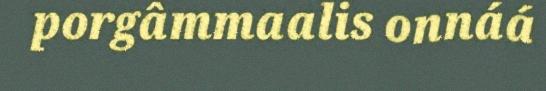
porgâmmaalis onnáá